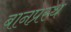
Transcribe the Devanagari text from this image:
बानप्रस्‍थ